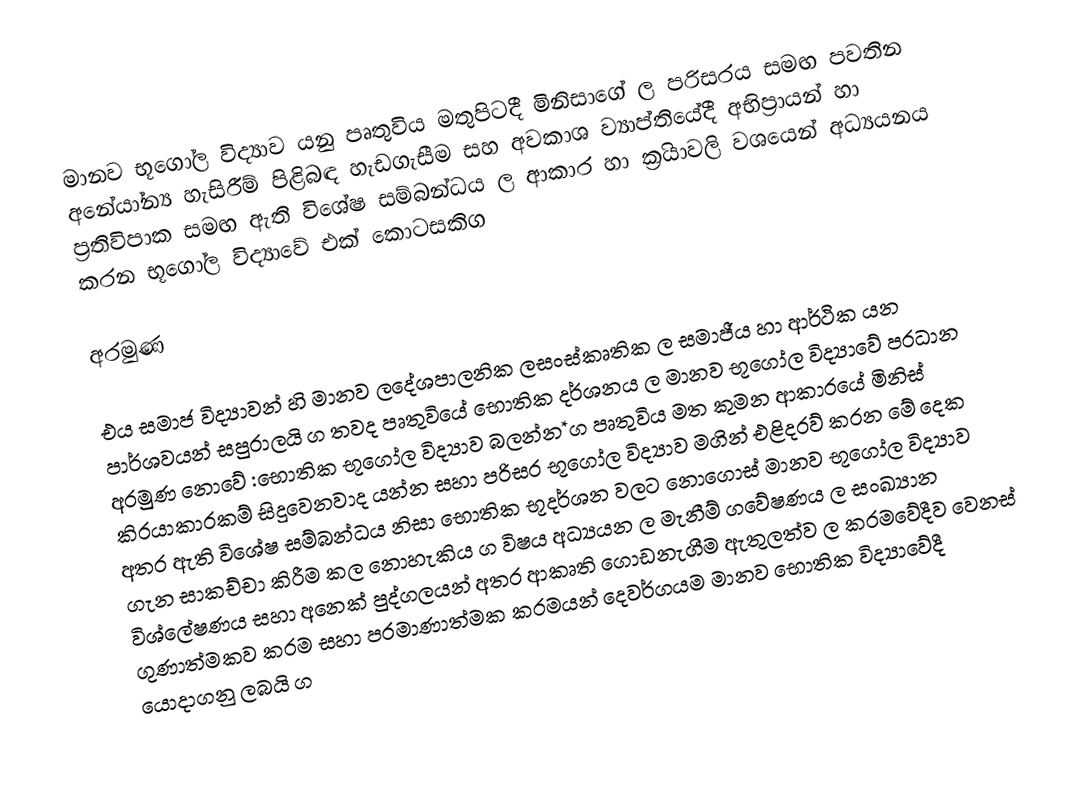
මානව භූගෝල විද්‍යාව යනු පෘතුවිය මතුපිටදී මිනිසාගේ ල පරිසරය සමඟ පවතින අනේ‍යා්න්‍ය හැසිරීම් පිළිබඳ හැඩගැසීම සහ අවකාශ ව්‍යාප්තියේදී අභිප‍්‍රායන් හා ප‍්‍රතිවිපාක සමඟ ඇති විශේෂ සම්බන්ධය ල ආකාර හා ක‍්‍රියාවලි වශයෙන් අධ්‍යයනය කරන භූගෝල විද්‍යාවේ එක් කොටසකිග

අරමුණ

එය සමාජ විද්‍යාවන් හි මානව ලදේශපාලනික ලසංස්කෘතික ල සමාජීය හා ආර්ථික යන පාර්ශවයන් සපුරාලයි ග තවද පෘතුවියේ භොතික දර්ශනය ල මානව භූගෝල විද්‍යාවේ ප‍්‍රධාන අරමුණ නොවේ :භොතික භූගෝල විද්‍යාව බලන්න*ග පෘතුවිය මත කුමන ආකාරයේ මිනිස් කි‍්‍රයාකාරකම් සිදුවෙනවාද යන්න සහා පරිසර භූගෝල විද්‍යාව මගින් එළිදරව් කරන මේ දෙක අතර ඇති විශේෂ සම්බන්ධය නිසා භොතික භූදර්ශන වලට නොගොස් මානව භූගෝල විද්‍යාව ගැන සාකච්චා කිරීම කල නොහැකිය ග විෂය අධ්‍යයන ල මැනීම් ගවේෂණය ල සංඛ්‍යාන විශ්ලේෂණය සහා අනෙක් පුද්ගලයන් අතර ආකෘති ගොඩනැගීම ඇතුලත්ව ල ක‍්‍රමවේදීව වෙනස් ගුණාත්මකව ක‍්‍රම සහා ප‍්‍රමාණාත්මක ක‍්‍රමයන් දෙවර්ගයම මානව භොතික විද්‍යාවේදී යොදාගනු ලබයි ග